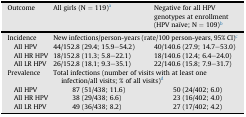
<table><thead><tr><td><b>Outcome</b></td><td><b>All girls (N = 119)a</b></td><td><b>Negative for all HPV genotypes at enrollment (HPV naïve; N = 109)b</b></td></tr></thead><tbody><tr><td>Incidence</td><td colspan="2">New infections/person-years (rate/100 person-years, 95% CI)c</td></tr><tr><td> All HPV</td><td>44/152.8 (29.4; 15.9–54.2)</td><td>40/140.6 (27.9; 14.7–53.0)</td></tr><tr><td> All HR HPV</td><td>18/152.8 (11.3; 5.8–22.1)</td><td>18/140.6 (12.4; 6.4–24.0)</td></tr><tr><td> All LR HPV</td><td>26/152.8 (18.1; 9.3–35.1)</td><td>22/140.6 (15.8; 7.9–31.7)</td></tr><tr><td>Prevalence</td><td colspan="2">Total infections (number of visits with at least one infection/all visits; % of all visits)d</td></tr><tr><td> All HPV</td><td>87 (51/438; 11.6)</td><td>50 (24/402; 6.0)</td></tr><tr><td> All HR HPV</td><td>38 (29/438; 6.6)</td><td>23 (16/402; 4.0)</td></tr><tr><td> All LR HPV</td><td>49 (36/438; 8.2)</td><td>27 (17/402; 4.2)</td></tr></tbody></table>